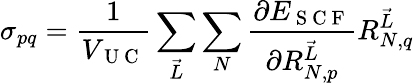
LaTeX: \sigma_{pq}=\frac{1}{V_{\mathrm{~U~C~}}}\sum_{\vec{L}}\sum_{N}\frac{\partial E_{\mathrm{~S~C~F~}}}{\partial R_{N,p}^{\vec{L}}}R_{N,q}^{\vec{L}}